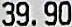
39.90